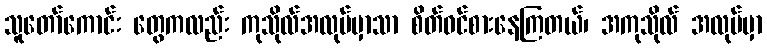
သူတော်ကောင်း တွေကလည်း ကုသိုလ်အလုပ်မှာသာ စိတ်ဝင်စားနေကြတယ်၊ အကုသိုလ် အလုပ်မှာ